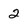
Character: 2